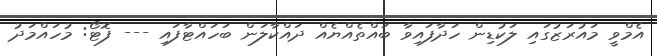
އެމްވީ މައުރަޒުގައި ލަކުޑިން ހަދާފައިވާ ބައްތެއްޔެއް ދައްކާލަން ބަހައްޓާފައި --- ފޮޓޯ: މުހައްމަދު